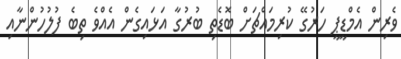
ވެރިން އެމްޑީޕީ ހަރުގޭ ކުރިމައްޗަށް ބޮޑެތި ބުރުގާ އަޅައިގެން އެއްވެ ތިބެ ފުލުހުންނާއި